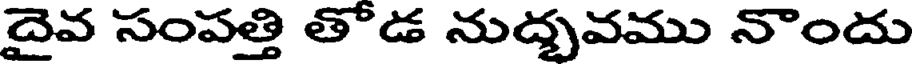
దైవ సంపత్తి తోడ నుద్భవము నొందు